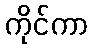
ကိုင်ကာ